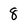
Character: 8